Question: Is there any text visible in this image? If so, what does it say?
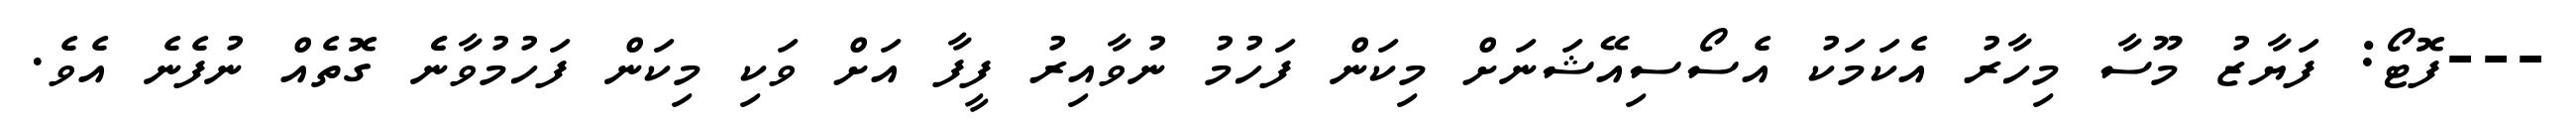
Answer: ---ފޮޓޯ: ފަޔާޒު މޫސާ މިހާރު އެކަމަކު އެސޯސިއޭޝަނަށް މިކަން ފަހުމު ނުވާއިރު ފީފާ އަށް ވަކި މިކަން ފަހުމުވާނެެ ގޮތެއް ނުފެނެ އެވެ.